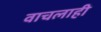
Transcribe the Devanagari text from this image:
वाचलाही